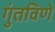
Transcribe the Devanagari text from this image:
गुंतविणे